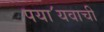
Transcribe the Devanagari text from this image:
पया॔यवाची